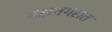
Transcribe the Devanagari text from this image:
यक्षनगरात